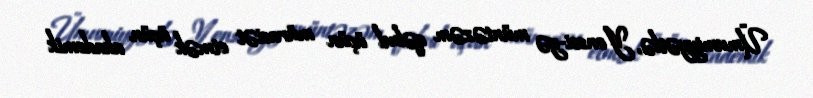
Ümumiyyətlə, Yonsei-yə müntəzəm qəbul üçün müraciət etmək üçün akademik